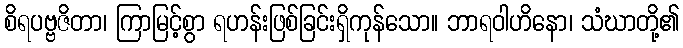
စိရပဗ္ဗဇိတာ၊ ကြာမြင့်စွာ ရဟန်းဖြစ်ခြင်းရှိကုန်သော။ ဘာရဝါဟိနော၊ သံဃာတို့၏